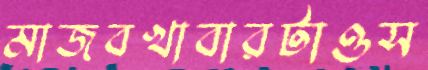
মাজবখাবারটাওস